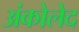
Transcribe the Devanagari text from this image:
अंकोलेद